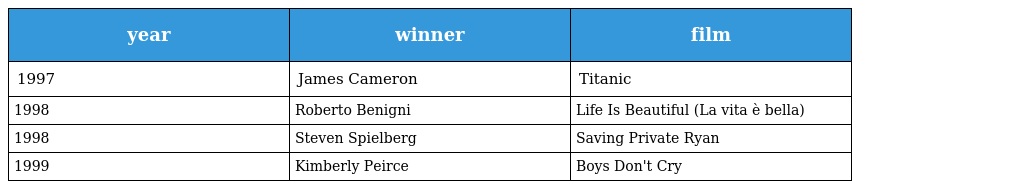
| year | winner | film |
 | --- | --- | --- |
 | 1997 | James Cameron | Titanic |
 | 1998 | Roberto Benigni | Life Is Beautiful (La vita è bella) |
 | 1998 | Steven Spielberg | Saving Private Ryan |
 | 1999 | Kimberly Peirce | Boys Don't Cry |